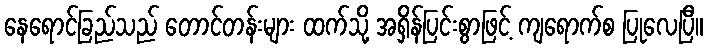
နေရောင်ခြည်သည် တောင်တန်းများ ထက်သို့ အရှိန်ပြင်းစွာဖြင့် ကျရောက်စ ပြုလေပြီ။